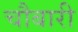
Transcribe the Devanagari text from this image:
चौबारी